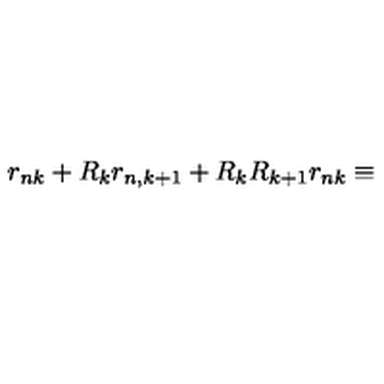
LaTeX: r _ { n k } + R _ { k } r _ { n , k + 1 } + R _ { k } R _ { k + 1 } r _ { n k } \equiv